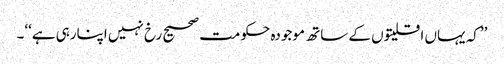
’’کہ یہاں اقلیتوں کے ساتھ موجودہ حکومت صحیح رخ نہیں اپنارہی ہے‘‘۔